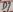
Text: D7